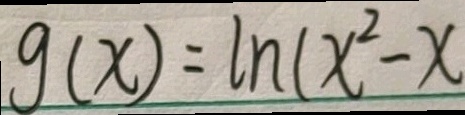
g ( x ) = \ln ( x ^ { 2 } - x